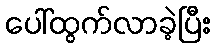
ပေါ်ထွက်လာခဲ့ပြီး